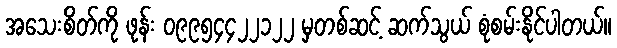
အသေးစိတ်ကို ဖုန်း ၀၉၉၅၄၄၂၂၁၂၂ မှတစ်ဆင့် ဆက်သွယ် စုံစမ်းနိုင်ပါတယ်။